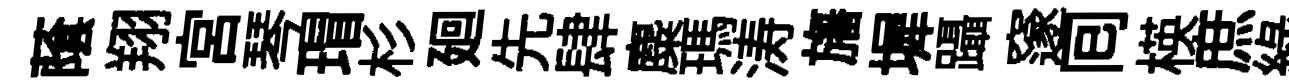
䕃翔宮琴瑁杉廻先肆麋瑪涛旛墀躡邃囘楧庶綠